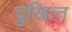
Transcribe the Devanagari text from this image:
दुखिःत